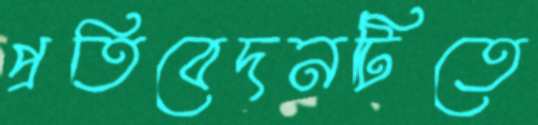
প্রতিবেদনটিতে